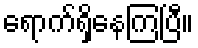
ရောက်ရှိနေကြပြီ။